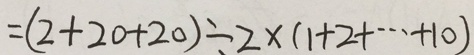
= ( 2 + 2 0 + 2 0 ) \div 2 \times ( 1 + 2 + \cdots + 1 0 )